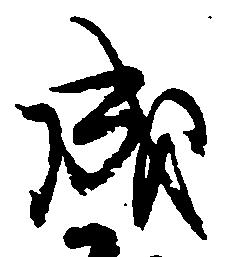
成